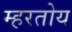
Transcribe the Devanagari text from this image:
म्हरतोय